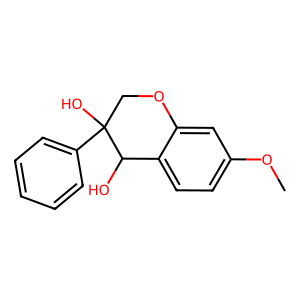
SMILES: COc1ccc2c(c1)OCC(O)(c1ccccc1)C2O
Inhibits HIV replication: No